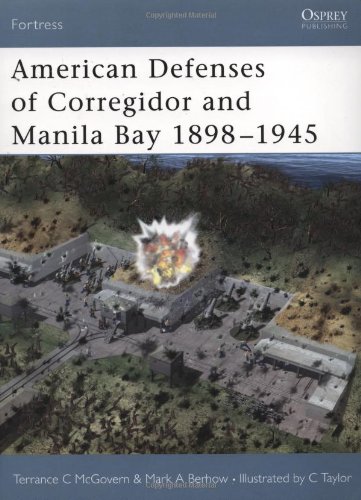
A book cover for American Defenses of Corregidor and Manila Bay 1898-1945 (Fortress); Mark A. Berhow; History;